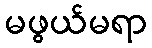
မဖွယ်မရာ